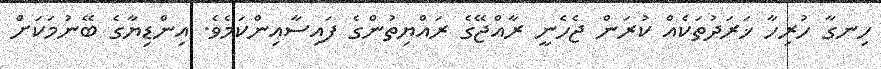
ހިނގާ ހުރިހާ ޚަރަދުތަކެއް ކުރަން ޖެހެނީ ރާއްޖޭގެ ރައްޔިތުންގެ ފައިސާއިންކަމެވެ. އިންޑިޔާގެ ބޭނުމަކަށް